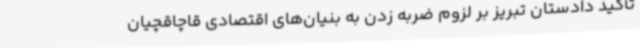
تأکید دادستان تبریز بر لزوم ضربه زدن به بنیان‌های اقتصادی قاچاقچیان